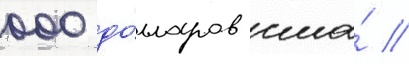
000 до́лларов сша́ //